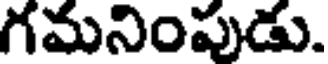
గమనింపుడు.